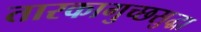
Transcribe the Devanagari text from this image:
तारकागुच्छसुद्धा